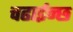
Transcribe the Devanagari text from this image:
चढाईन्छ